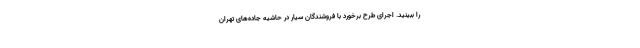
را ببینید. اجرای طرح برخورد با فروشندگان سیار در حاشیه جاده‌های تهران